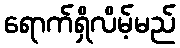
ရောက်ရှိလိမ့်မည်